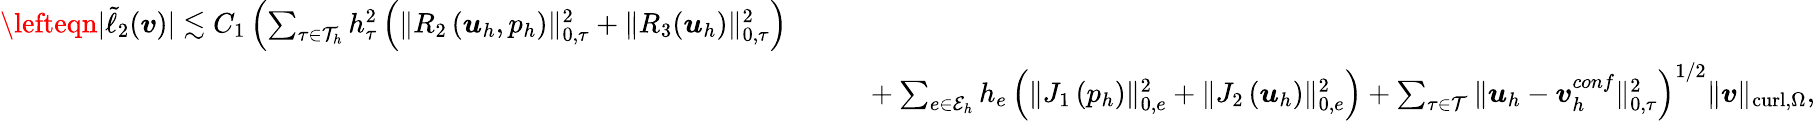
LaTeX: \begin{array}{rlr}{\lefteqn{|\tilde{\ell}_{2}(\boldsymbol{v})|\lesssim C_{1}\left(\sum_{\tau\in\mathcal{T}_{h}}h_{\tau}^{2}\left(\| R_{2}\left(\boldsymbol{u}_{h},{p}_{h}\right)\| _{0,\tau}^{2}+\left\| R_{3}(\boldsymbol{u}_{h}\right)\| _{0,\tau}^{2}\right)\right.}}\\ &{}&{\left.\ \ \ +\sum_{e\in\mathcal{E}_{h}}h_{e}\left(\| J_{1}\left({p}_{h}\right)\| _{0,e}^{2}+\| J_{2}\left(\boldsymbol{u}_{h}\right)\| _{0,e}^{2}\right)+\sum_{\tau\in\mathcal{T}}\| \boldsymbol{u}_{h}-\boldsymbol{v}_{h}^{conf}\| _{0,\tau}^{2}\right)^{1/2}\| \boldsymbol{v}\| _{\mathrm{curl},\Omega},}\end{array}